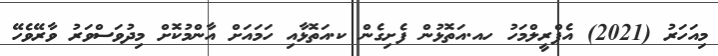
މިއަހަރު (2021) އެޕްރީލްމަހު ހއ.އަތޮޅުން ފެށިގެން ކ.އަތޮޅާއި ހަމައަށް އާންމުކޮށް މިދުވަސްވަރު ވާރޭވެހޭ